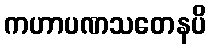
ကဟာပဏသတေနပိ